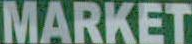
MARKET